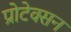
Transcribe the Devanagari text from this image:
प्रोटेक्सन